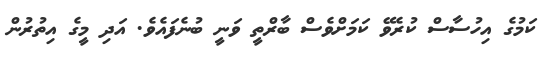
ކަމުގެ އިހުސާސް ކުރެވޭ ކަމަށްވެސް ބާރްތީ ވަނީ ބުނެފައެވެ. އަދި މީގެ އިތުރުން